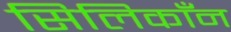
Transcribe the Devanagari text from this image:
सिलिकाँन